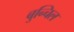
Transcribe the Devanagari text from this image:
बुन्चिल